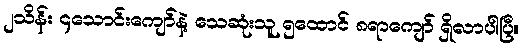
၂သိန်း ၄သောင်းကျော်နဲ့ သေဆုံးသူ ၅ထောင် ၈ရာကျော် ရှိလာပါပြီ။